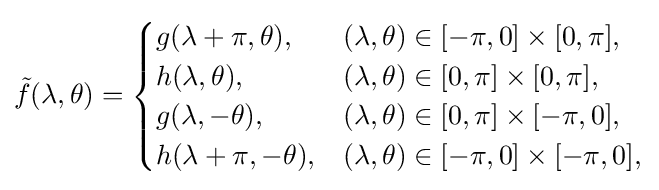
{\tilde {f}}(\lambda ,\theta )={\begin{cases}g(\lambda +\pi ,\theta ),&(\lambda ,\theta )\in [-\pi ,0]\times [0,\pi ],\\h(\lambda ,\theta ),&(\lambda ,\theta )\in [0,\pi ]\times [0,\pi ],\\g(\lambda ,-\theta ),&(\lambda ,\theta )\in [0,\pi ]\times [-\pi ,0],\\h(\lambda +\pi ,-\theta ),&(\lambda ,\theta )\in [-\pi ,0]\times [-\pi ,0],\\\end{cases}}